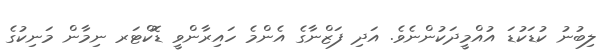
ލިބުނު ކުޑަކުޑަ އުއްމީދަކުންނެވެ. އަދި ފަޒްނާގެ އެންމެ ހައިރާންވީ ޑޮކްޓަރ ނިމާން މަނިކުގެ